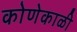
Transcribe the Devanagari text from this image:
कोणेकाळी